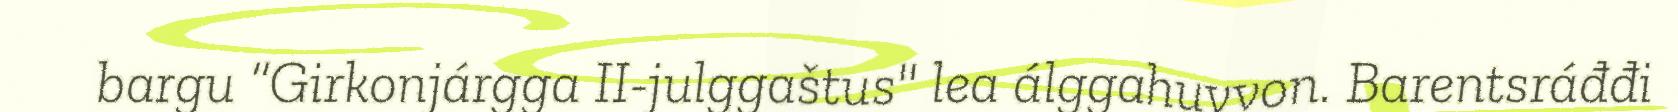
bargu “Girkonjárgga II-julggaštus" lea álggahuvvon. Barentsráđđi